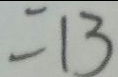
= 1 3